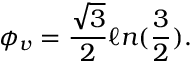
\phi _ { v } = \frac { \sqrt 3 } { 2 } \ell n ( { \frac 3 2 } ) .